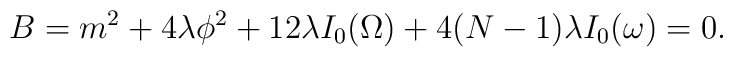
B=m^2+4\lambda\phi^{2}+12\lambda I_{0}(\Omega)+4(N-1)\lambda I_{0}(\omega)=0.